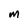
Character: m